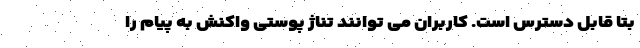
بتا قابل دسترس است. کاربران می توانند تناژ پوستی واکنش به پیام را